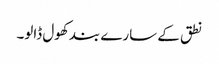
نطق کے سارے بند کھول ڈالو۔